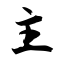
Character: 主